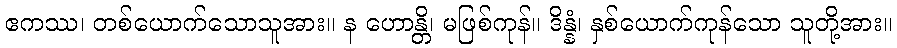
ဧကဿ၊ တစ်ယောက်သောသူအား။ န ဟောန္တိ၊ မဖြစ်ကုန်။ ဒိန္နံ၊ နှစ်ယောက်ကုန်သော သူတို့အား။